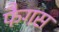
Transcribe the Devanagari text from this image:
फैगस